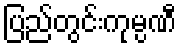
ပြည်တွင်းကုမ္ပဏီ